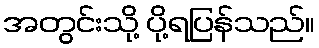
အတွင်းသို့ ပို့ရပြန်သည်။